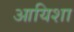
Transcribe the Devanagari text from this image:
आयिशा